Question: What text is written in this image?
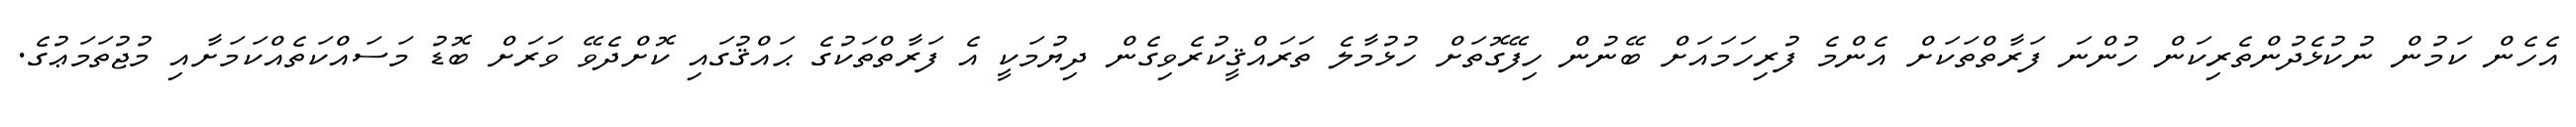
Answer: އެހެން ކަމުން ނުކުޅެދުންތެރިކަން ހުންނަ ފަރާތްތަކަށް އެންމެ ފުރިހަމައަށް ބޭނުން ހިފޭގޮތަށް ހުޅުމާލެ ތަރައްޤީކުރެވިގެން ދިޔުމަކީ އެ ފަރާތްތަކުގެ ޙައްޤުގައި ކޮށްދެވޭ ވަރަށް ބޮޑު މަސައްކަތެއްކަމަށާއި މުޖުތަމަޢުގެ.